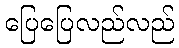
ပြေပြေလည်လည်